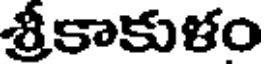
శ్రీకాకుళం